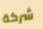
شركة